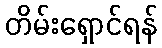
တိမ်းရှောင်ရန်